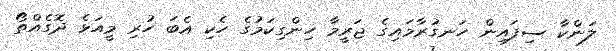
ލަންކާ ސިފައިން ހަނގުރާމައިގެ ޖަރީމާ ހިންގިކަމުގެ ހެކި އެބަ ހުރި މީއަޅެ ދޮގެއްތޯ